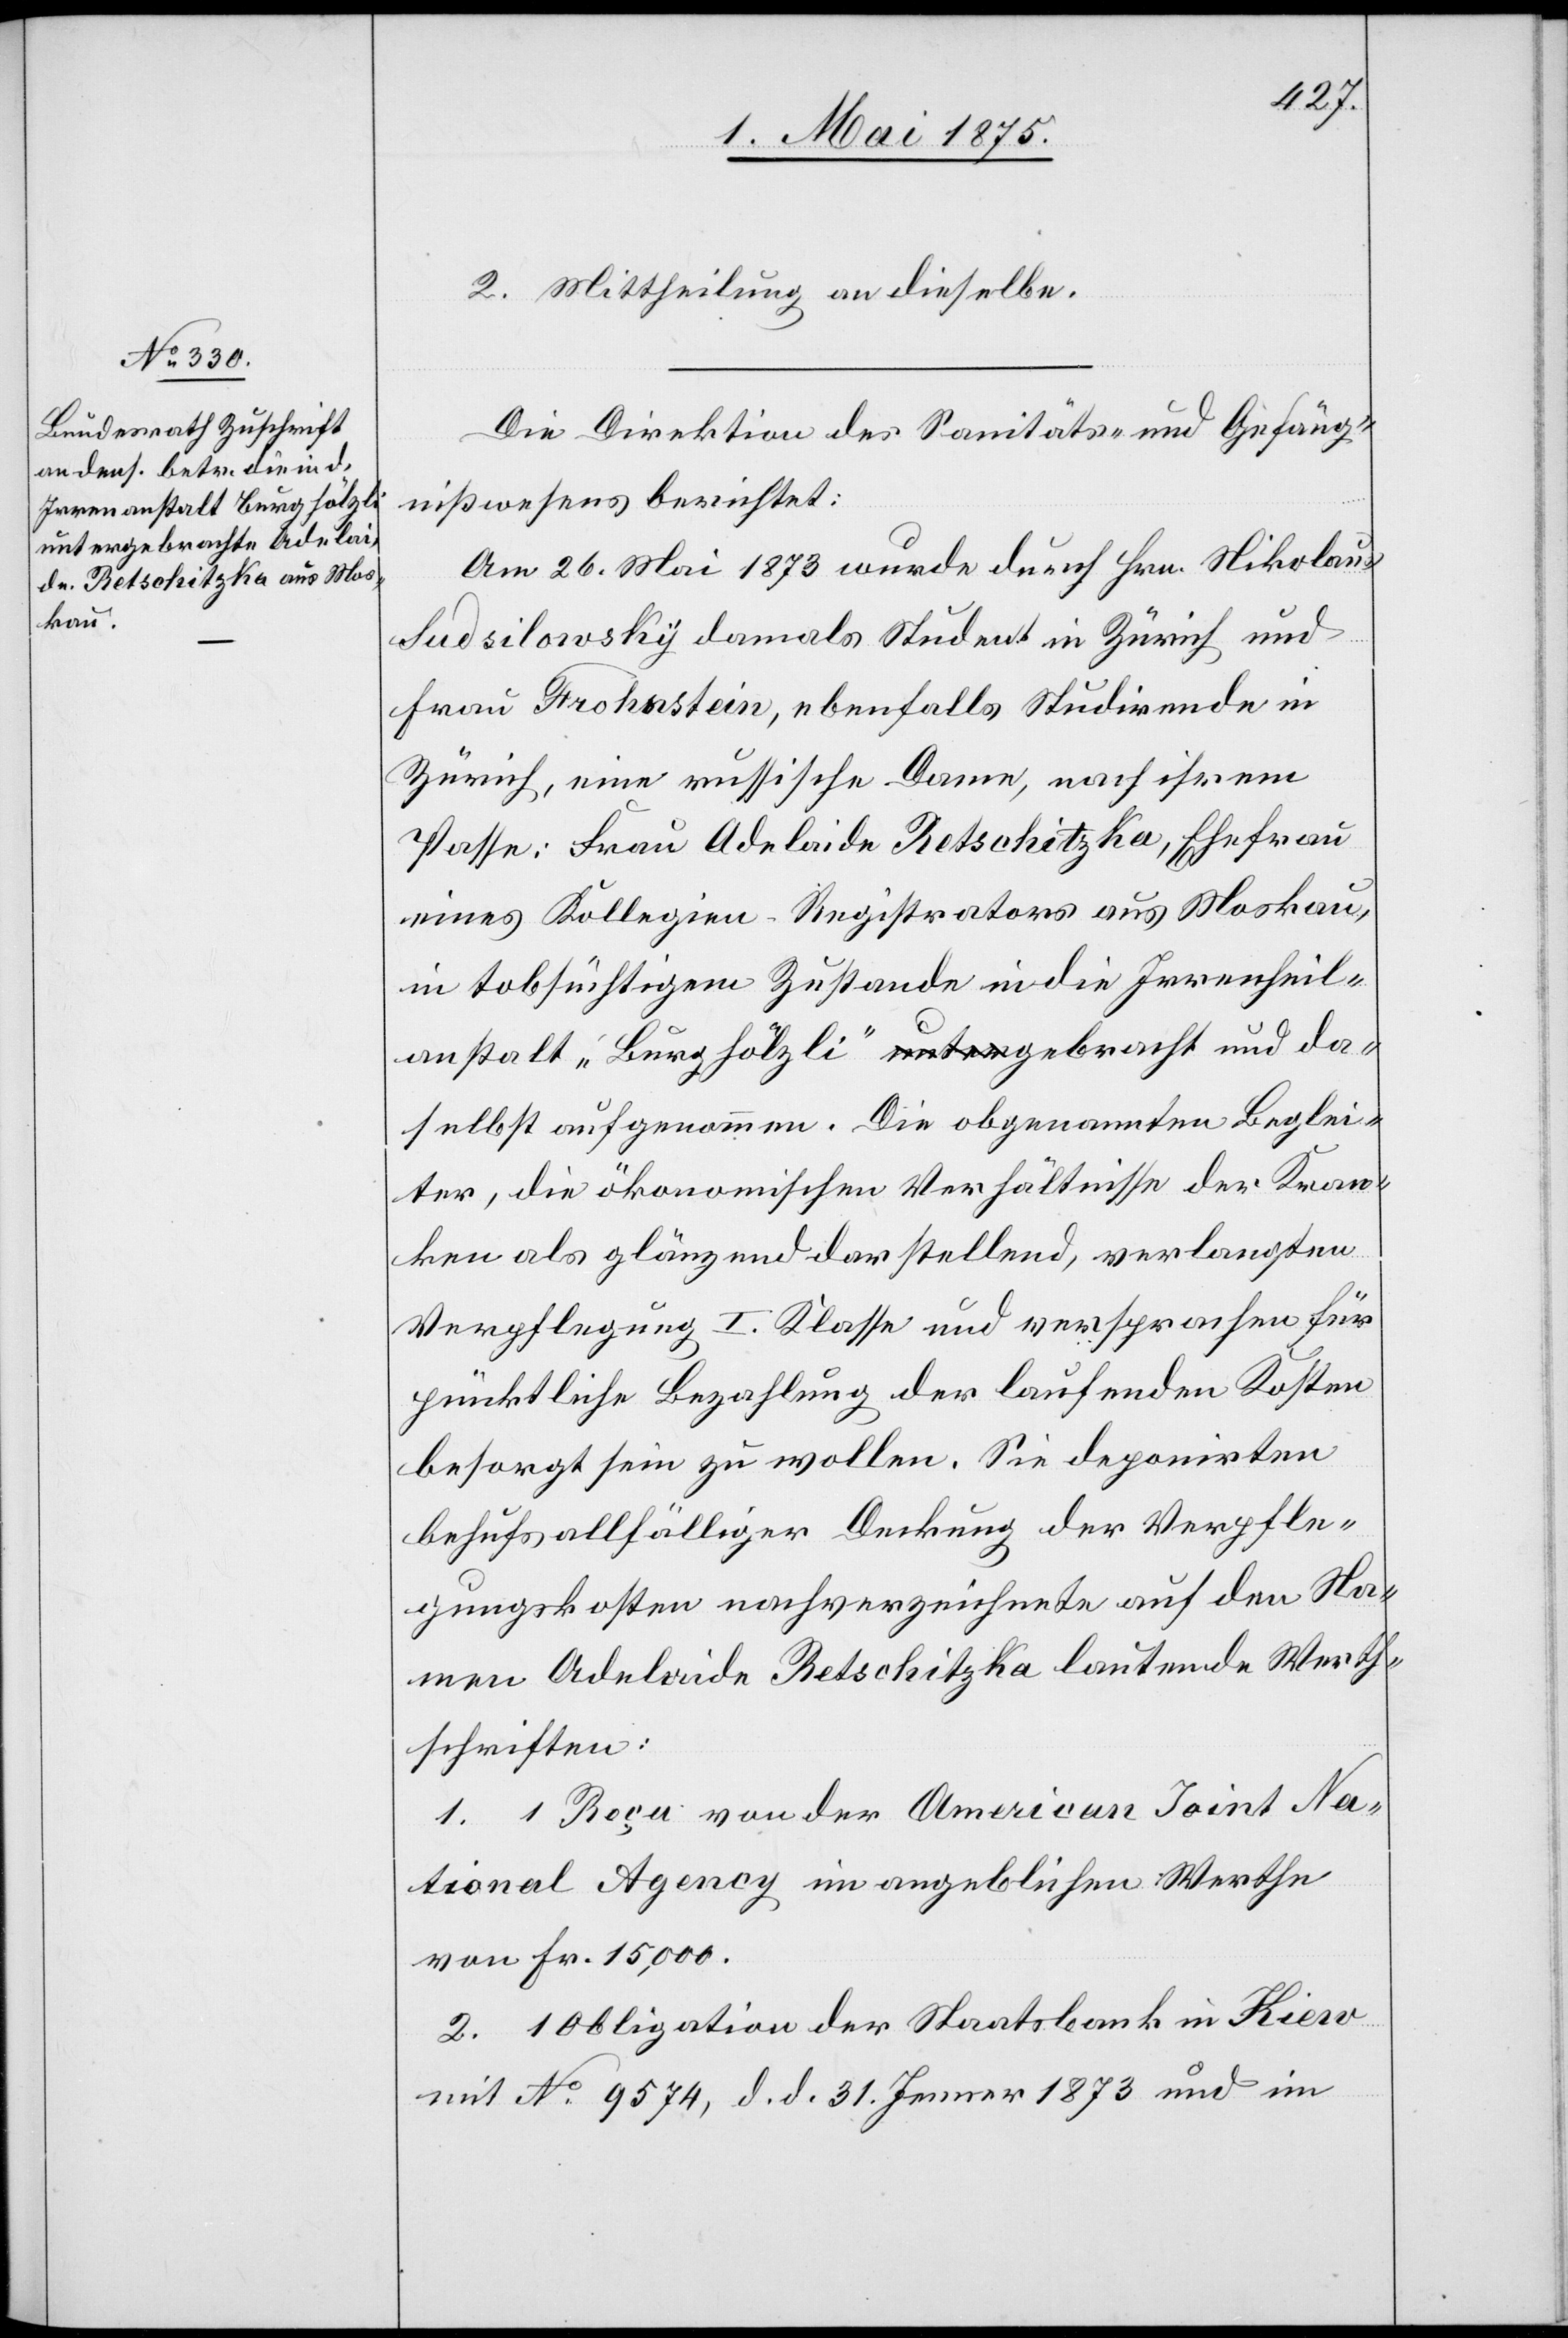
2. Mittheilung an dieselbe.
Die Direktion des Sanitäts- und Gefäng¬
nißwesens berichtet:
Am 26. Mai 1873 wurde durch Hrn. Nikolaus
Sudsilowky damals Student in Zürich und
Frau Frohenstein, ebenfalls Studirende in
Zürich, eine russische Dame, nach ihrem
Passe: Frau Adelaide Retschitzka, Ehefrau
eines Kollegien-Registrators aus Moskau ,
in tobsüchtigem zustande in die Irrenheil¬
anstalt „Burghölzli“ gebracht und da¬
selbst aufgenommen. Die obgenannten Beglei¬
ter, die ökonomischen Verhältnisse der Kran¬
ken als glänzend darstellend, verlangten
Verpflegung I. Klasse und versprachen für
pünktliche Bezahlung der laufenden Kosten
besorgt sein zu wollen. Sie deponirten
behufs allfälliger Deckung der Verpfle¬
gungskosten nachverzeichnete auf den Na¬
men Adelaide Retschitzka lautende Werth¬
schriften:
1. 1 Reçu von der American Joint Na¬
tional Agency im Angeblichen Werthe
von Fr. 15,000.
2. 1 Obligation der Staatsbank in Kiew
mit No. 9574, d. d. 31. Jenner 1873 und im